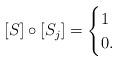
LaTeX: \begin{align*} [S] \circ [S_j]= \begin{cases} 1 \\ 0 . \end{cases}\end{align*}